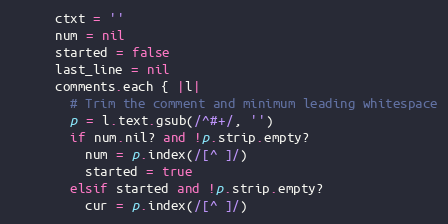
Language: Ruby
      ctxt = ''
      num = nil
      started = false
      last_line = nil
      comments.each { |l|
        # Trim the comment and minimum leading whitespace
        p = l.text.gsub(/^#+/, '')
        if num.nil? and !p.strip.empty?
          num = p.index(/[^ ]/)
          started = true
        elsif started and !p.strip.empty?
          cur = p.index(/[^ ]/)